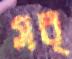
সর্